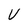
Character: U